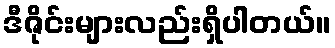
ဒီဇိုင်းများလည်းရှိပါတယ်။